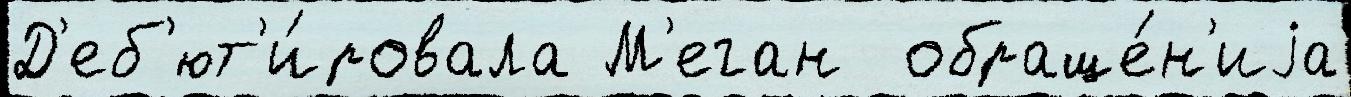
Д'еб'ют'и́ровала М'еган  обраще́н'иjа